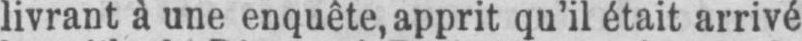
livrant à une enquête, apprit qu’il était arrivé